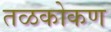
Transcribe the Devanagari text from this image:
तळकोकण